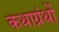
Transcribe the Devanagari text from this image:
कथाग्रंथों